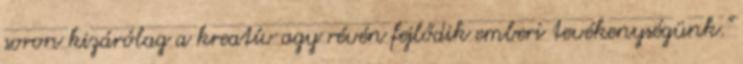
soron kizárólag a kreatív agy révén fejlődik emberi tevékenységünk."